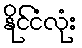
နိုင်ငံလုံး